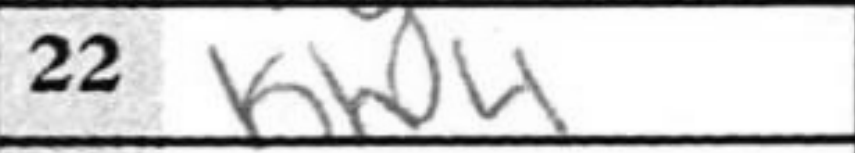
Transcription: Kh4